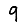
Digit: 9